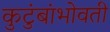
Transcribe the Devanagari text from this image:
कुटुंबांभोवती